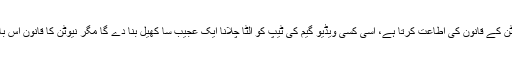
گیندوں کا ہر ٹکراؤ نیوٹن کے قانون کی اطاعت کرتا ہے، اسی کسی ویڈیو گیم کی ٹیپ کو الٹا چلانا ایک عجیب سا کھیل بنا دے گا مگر نیوٹن کا قانون اس بات کی اجازت دیتا ہے!